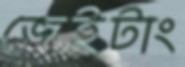
জেইটাং